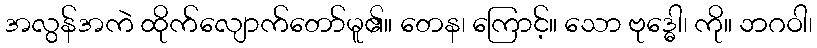
အလွန်အကဲ ထိုက်လျောက်တော်မူ၏။ တေန၊ ကြောင့်။ သော ဗုဒ္ဓေါ၊ ကို။ ဘဂဝါ၊